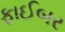
ફાઈબર